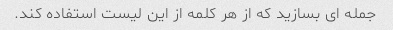
جمله ای بسازید که از هر کلمه از این لیست استفاده کند.